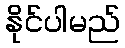
နိုင်ပါမည်